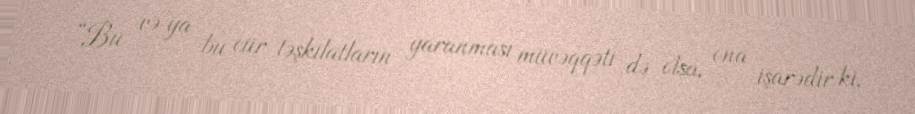
“Bu və ya bu cür təşkilatların yaranması müvəqqəti də olsa, ona işarədir ki,